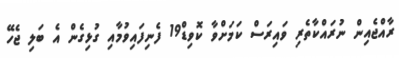
ރާއްޖެއިން ނުރައްކާތެރި ވައިރަސް ކަމަށްވާ ކޮވިޑް19 ފެނިފައިވުމާއި ގުޅިގެން އެ ބަލި ޖެހޭ